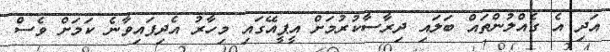
އަދި އެ ގެއްލުންތައް ބަލައި ދިރާސާކުރުމަށް އީޕީއޭގައި މިހާރު އެދިފައިވާނެ ކަމަށް ވެސް